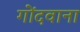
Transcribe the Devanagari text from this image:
गोंदवाना